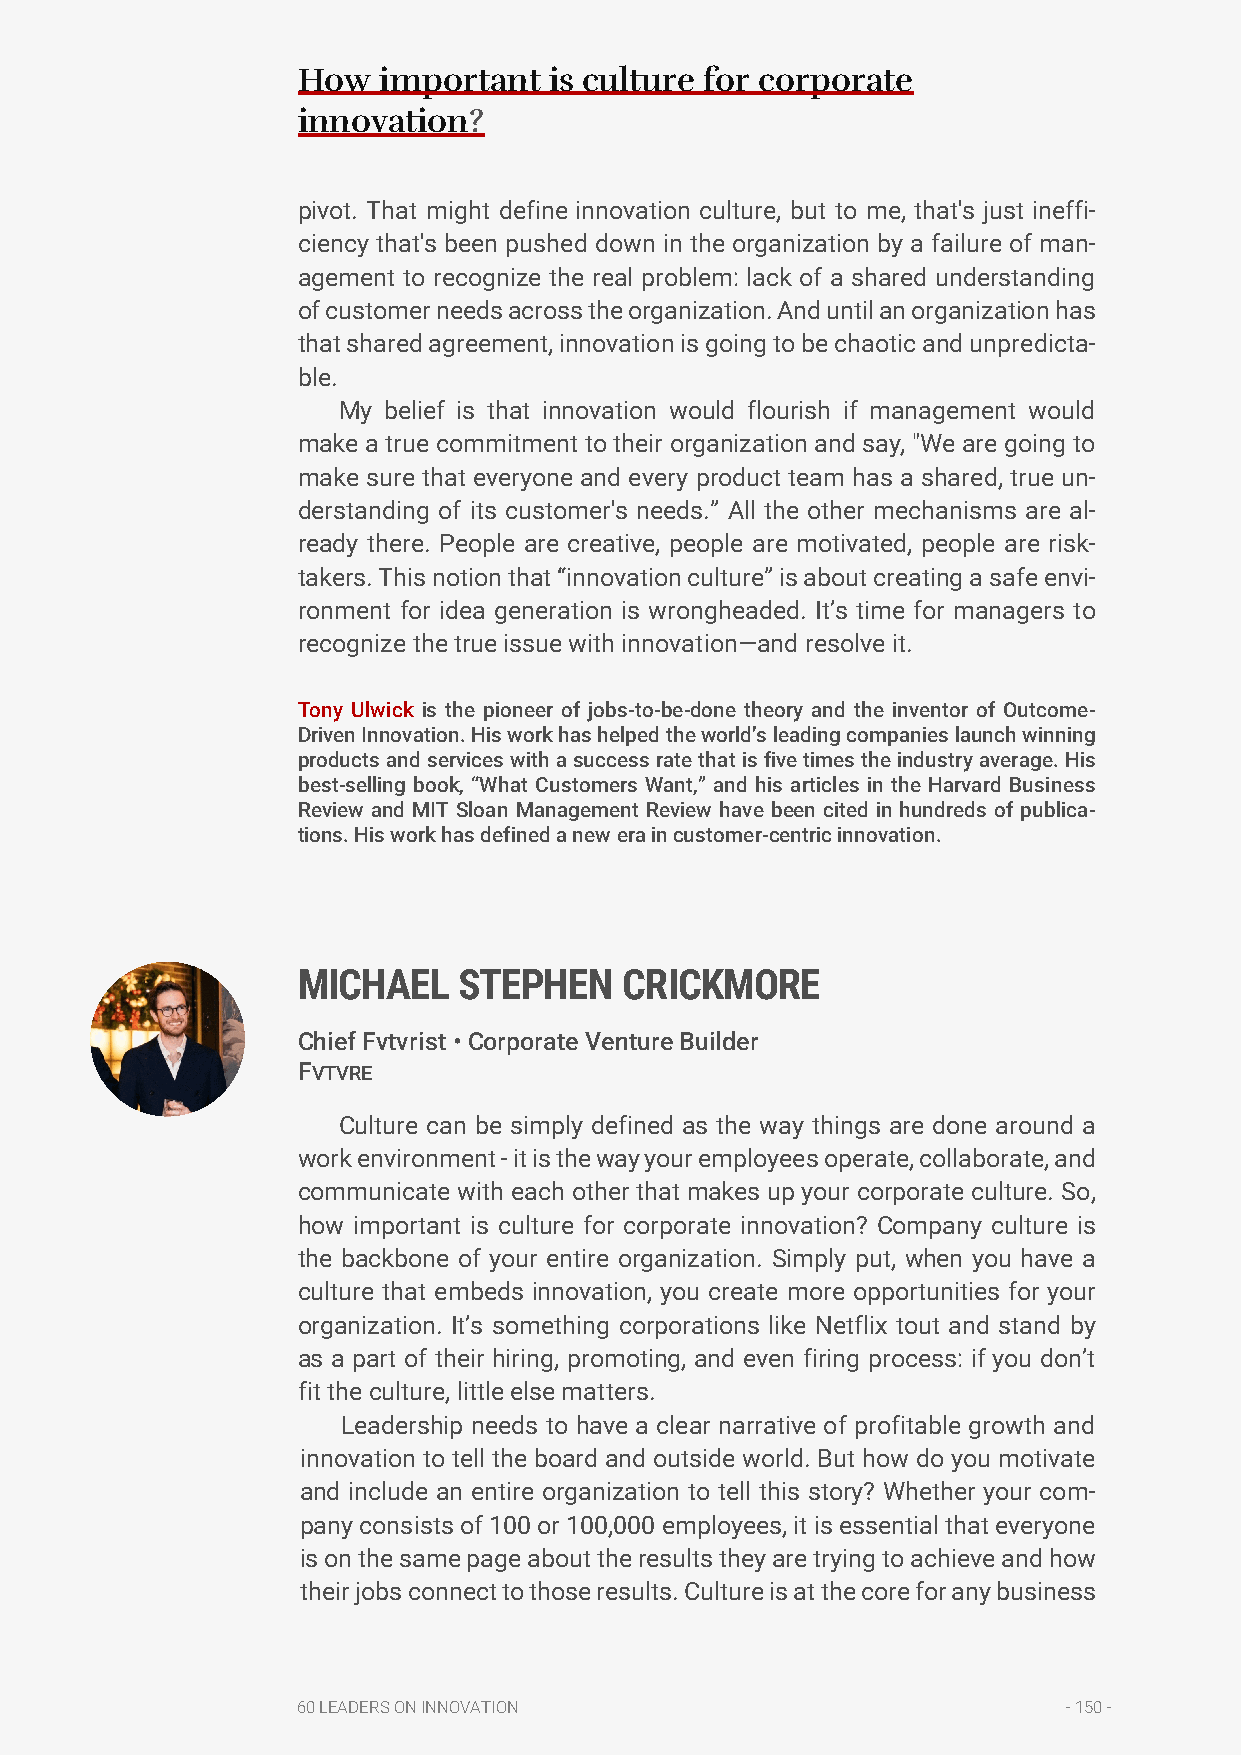
How  important  is culture for corporate
 innovation?
 pivot. That might define innovation culture, but to me, that's just ineffi-
 ciency that's been pushed down in the organization by a failure of man-
 agement to recognize the real problem: lack of a shared understanding
 of customer needs across the organization. And until an organization has
 that shared agreement, innovation is going to be chaotic and unpredicta-
 ble.
 My belief is that innovation would flourish if management would
 make a true commitment to their organization and say, "We are going to
 make sure that everyone and every product team has a shared, true un-
 derstanding of its customer's needs.” All the other mechanisms are al-
 ready there. People are creative, people are motivated, people are risk-
 takers. This notion that “innovation culture” is about creating a safe envi-
 ronment for idea generation is wrongheaded. It’s time for managers to
 recognize the true issue with innovation—and resolve it.
 Tony Ulwick is the pioneer of jobs-to-be-done theory and the inventor of Outcome-
 Driven Innovation. His work has helped the world’s leading companies launch winning
 products and services with a success rate that is five times the industry average. His
 best-selling book, “What Customers Want,” and his articles in the Harvard Business
 Review and MIT Sloan Management Review have been cited in hundreds of publica-
 tions. His work has defined a new era in customer-centric innovation.
 MICHAEL   STEPHEN    CRICKMORE
 Chief Fvtvrist • Corporate Venture Builder
 FVTVRE
 Culture can be simply defined as the way things are done around a
 work environment - it is the way your employees operate, collaborate, and
 communicate with each other that makes up your corporate culture. So,
 how important is culture for corporate innovation? Company culture is
 the backbone of your entire organization. Simply put, when you have a
 culture that embeds innovation, you create more opportunities for your
 organization. It’s something corporations like Netflix tout and stand by
 as a part of their hiring, promoting, and even firing process: if you don’t
 fit the culture, little else matters.
 Leadership needs to have a clear narrative of profitable growth and
 innovation to tell the board and outside world. But how do you motivate
 and include an entire organization to tell this story? Whether your com-
 pany consists of 100 or 100,000 employees, it is essential that everyone
 is on the same page about the results they are trying to achieve and how
 their jobs connect to those results. Culture is at the core for any business
 60 LEADERS ON INNOVATION                           - 150 -